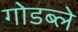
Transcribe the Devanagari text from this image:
गोडब्ले